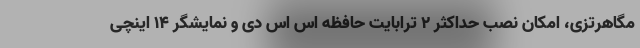
مگاهرتزی، امکان نصب حداکثر ۲ ترابایت حافظه اس اس دی و نمایشگر ۱۴ اینچی